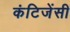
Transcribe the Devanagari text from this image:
कंटिजेंसी